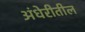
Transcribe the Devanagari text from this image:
अंधेरीतील